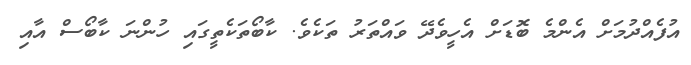
އުފެއްދުމަށް އެންމެ ބޮޑަށް އެހީވެދޭ ވައްތަރު ތަކެވެ. ކާބޯތަކެތީގައި ހުންނަ ކާބޯސް އާއި